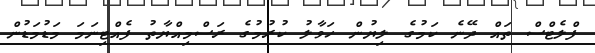
ފްލެޓްސް ތައް ދޭނެ ކަމުގެ ލިޔުން ހަވާލު ކުރުމުގެ ރަސްމިއްޔާތު ފެއްޓިނަމަ މަޑުމަޑުން